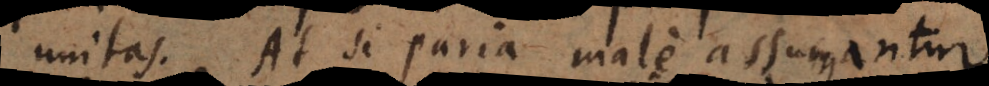
unitas. At si paria male assumantur